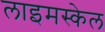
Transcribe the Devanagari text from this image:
लाइमस्केल